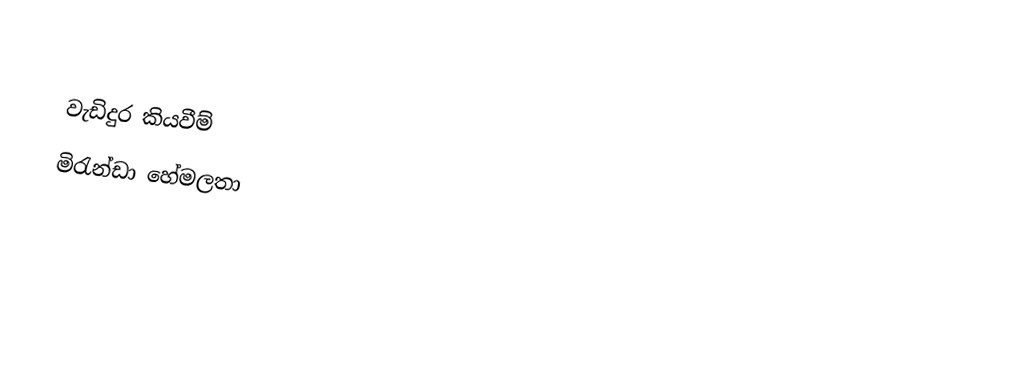

වැඩිදුර කියවීම්
 මිරැන්ඩා හේමලතා